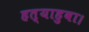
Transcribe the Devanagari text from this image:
हत्याहुवा।